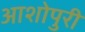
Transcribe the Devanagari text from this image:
आशोपुरी